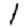
Digit: 1